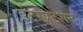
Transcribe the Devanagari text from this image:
इंटरप्रटेशन